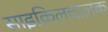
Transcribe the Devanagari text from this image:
साइकिलचालक